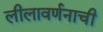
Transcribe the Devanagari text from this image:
लीलावर्णनाची